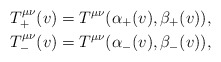
\begin{align*} T_+^{\mu\nu}(v)&=T^{\mu\nu}(\alpha_+(v),\beta_+(v)),\\ T_-^{\mu\nu}(v)&=T^{\mu\nu}(\alpha_-(v),\beta_-(v)),\end{align*}